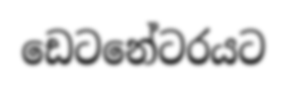
ඩෙටනේටරයට